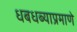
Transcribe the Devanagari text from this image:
धबधब्याप्रमाणे